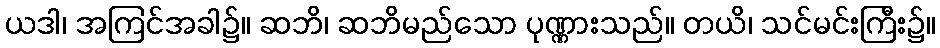
ယဒါ၊ အကြင်အခါ၌။ ဆဘိ၊ ဆဘိမည်သော ပုဏ္ဏားသည်။ တယိ၊ သင်မင်းကြီး၌။